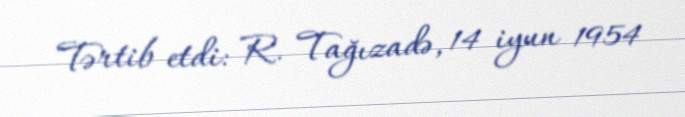
Tərtib etdi: R. Tağızadə, 14 iyun 1954